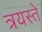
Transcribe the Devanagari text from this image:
त्रयस्ते